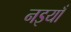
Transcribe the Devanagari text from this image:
नइयाँ